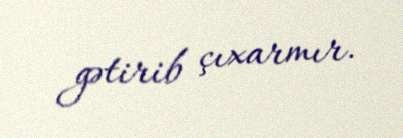
gətirib çıxarmır.